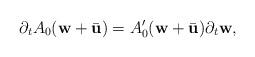
LaTeX: \begin{align*}\partial_{t}A_{0} (\textbf{w}+\bar{\textbf{u}})= A'_{0} (\textbf{w}+\bar{\textbf{u}}) \partial_{t}{\textbf{w}},\end{align*}